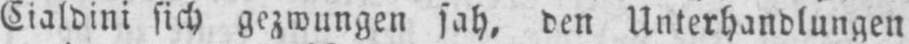
Cialdini sich gezwungen sah, den Unterhandlungen